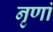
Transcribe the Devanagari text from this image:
नृणां